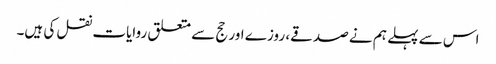
اس سے پہلے ہم نے صدقے، روزے اور حج سے متعلق روایات نقل کی ہیں۔